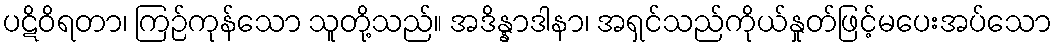
ပဋိဝိရတာ၊ ကြဉ်ကုန်သော သူတို့သည်။ အဒိန္နာဒါနာ၊ အရှင်သည်ကိုယ်နှုတ်ဖြင့်မပေးအပ်သော